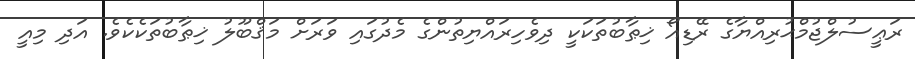
ރަޢީސުލްޖުމްޙުރިއްޔާގެ ރޭޑިއޯ ޚިޠާބުތަކަކީ ދިވެހިރައްޔިތުންގެ މެދުގައި ވަރަށް މަޤްބޫލު ޚިޠާބުތަކެކެވެ. އަދި މިއީ